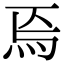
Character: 𤇟